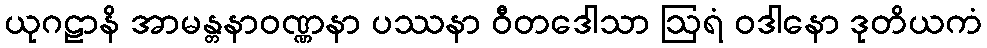
ယုဂဠာနိ အာမန္တနာဝဏ္ဏနာ ပဿနာ ဝီတဒေါသာ ဩရံ ဝဒါနော ဒုတိယကံ